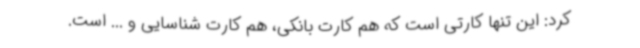
کرد: این تنها کارتی است که هم کارت بانکی، هم کارت شناسایی و ...‌ است.